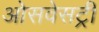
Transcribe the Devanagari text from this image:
ओसवेसट्री